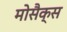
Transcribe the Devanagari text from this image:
मोसैक्स